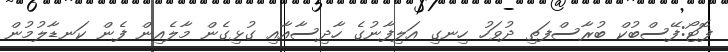
ފޮޓޯ:ފޭސްބުކް ބުރާސްފަތި ދުވަހު ހިނގި އަލިފާނުގެ ހާދިސާއާއި ގުޅިގެން މާލެއިން ފެން ކަނޑާލުމުން